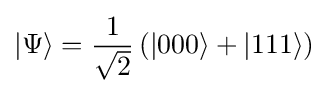
|\Psi \rangle ={\frac {1}{\sqrt {2}}}\left(|000\rangle +|111\rangle \right)